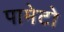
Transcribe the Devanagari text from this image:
पामेटो